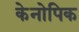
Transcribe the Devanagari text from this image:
केनोपिक